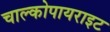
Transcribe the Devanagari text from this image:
चाल्कोपायराइट